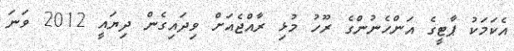
އެކަމަކު ޕާޓީގެ އަންހެނުންގެ ރޫހު މުޅި ރާއްޖެއަށް ވިދައިގެން ދިޔައީ 2012 ވަނަ